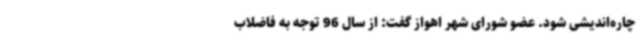
چاره‌اندیشی شود. عضو شورای شهر اهواز گفت: از سال 96 توجه به فاضلاب